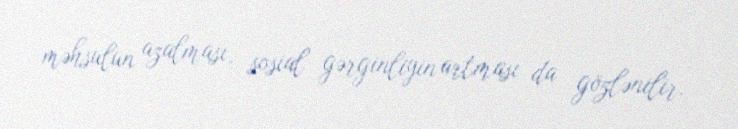
məhsulun azalması, sosial gərginliyin artması da gözlənilir.